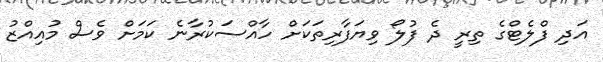
އަދި ފްލެޓްގެ ތިރީ ދެ ފުލޯ ވިޔަފާރިތަކަށް ހާއްސަކުރާނެ ކަމަށް ވެސް މުއިއްޒު